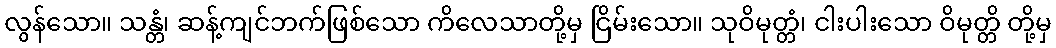
လွန်သော။ သန္တံ၊ ဆန့်ကျင်ဘက်ဖြစ်သော ကိလေသာတို့မှ ငြိမ်းသော။ သုဝိမုတ္တံ၊ ငါးပါးသော ဝိမုတ္တိ တို့မှ